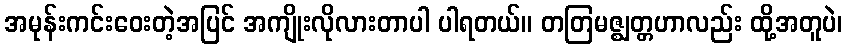
အမုန်းကင်းဝေးတဲ့အပြင် အကျိုးလိုလားတာပါ ပါရတယ်။ တတြမဇ္ဈတ္တဟာလည်း ထို့အတူပဲ၊